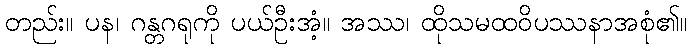
တည်း။ ပန၊ ဂန္တဂရုကို ပယ်ဦးအံ့။ အဿ၊ ထိုသမထဝိပဿနာအစုံ၏။